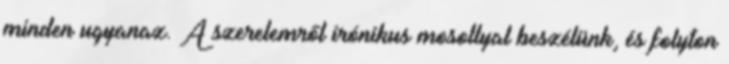
minden ugyanaz. A szerelemről irónikus mosollyal beszélünk, és folyton